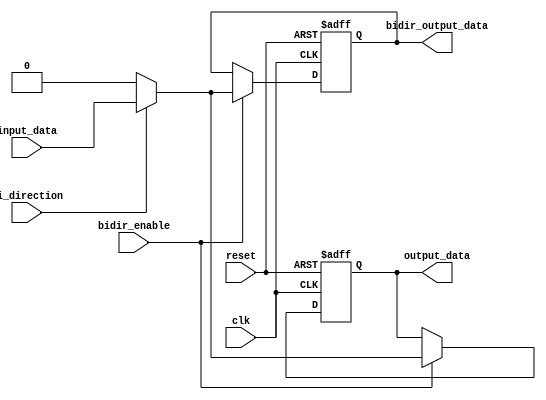
module bidirectional_buffer (
  input wire clk,                  // Clock signal
  input wire reset,                // Reset signal
  input wire bidir_enable,         // Bidirectional enable signal
  input wire input_data,           // Input data signal
  output reg output_data,          // Output data signal
  input wire bi_direction,         // Bi-direction signal
  output reg bidir_output_data     // Bidirectional output data signal
);

always @(posedge clk or posedge reset) begin
  if (reset) begin
    output_data <= 1'b0;
    bidir_output_data <= 1'b0;
  end else begin
    if (bidir_enable) begin
      if (bi_direction) begin
        output_data <= input_data;
        bidir_output_data <= input_data;
      end else begin
        output_data <= 1'b0;
        bidir_output_data <= 1'b0;
      end
    end
  end
end

endmodule